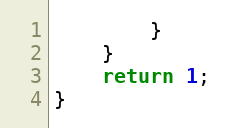
Language: C
        }
    }
    return 1;
}